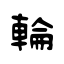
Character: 輪